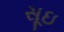
સૂઇ